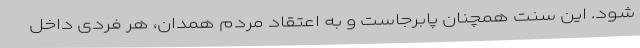
شود. این سنت همچنان پابرجاست و به اعتقاد مردم همدان، هر فردی داخل